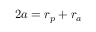
2 a = r _ { p } + r _ { a }